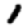
Digit: 1